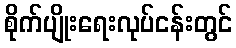
စိုက်ပျိုးရေးလုပ်ငန်းတွင်